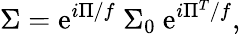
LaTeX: \Sigma=\mathrm{e}^{i\Pi/f}\ \Sigma_{0}\ \mathrm{e}^{i\Pi^{T}/f},